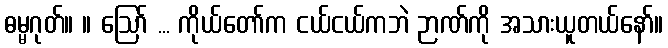
ဓမ္မဂုတ်။ ။ ဩော် ... ကိုယ်တော်က ငယ်ငယ်ကဘဲ ဉာဏ်ကို အသားယူတယ်နော်။